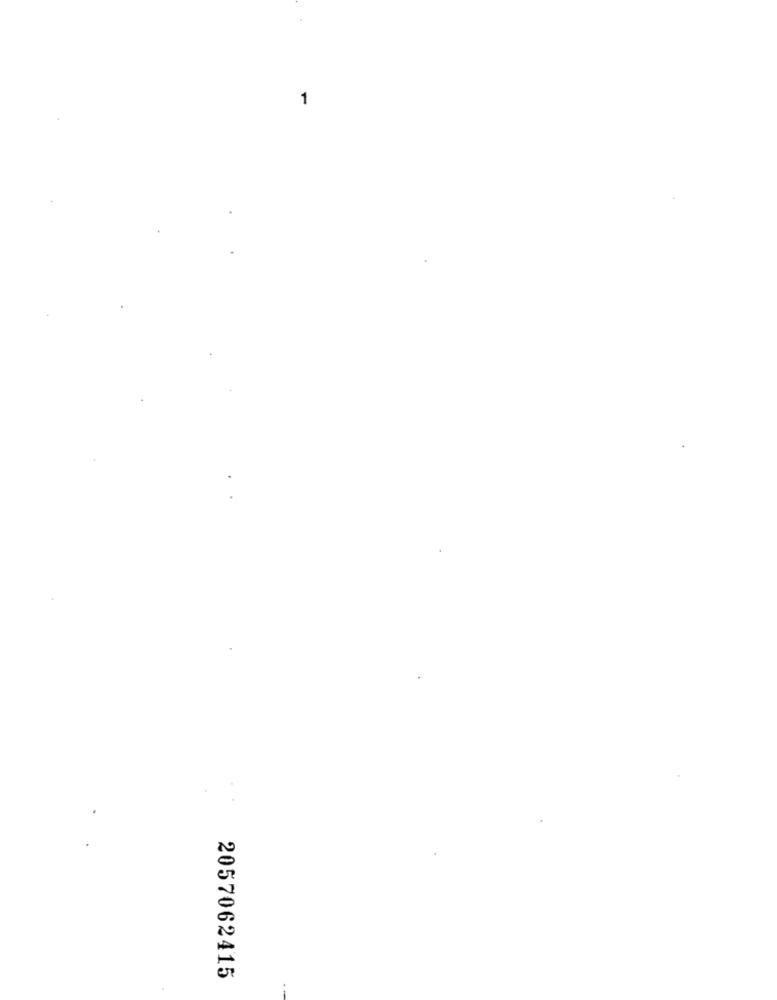
-
2057062415